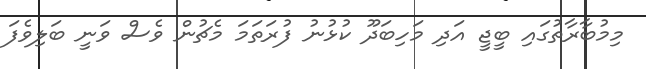
މިމުބާރާތުގައި ބީޖީ އަދި މަހިބަދޫ ކުޅުނު ފުރަތަމަ މެޗުން ވެސް ވަނީ ބަލިވެފަ